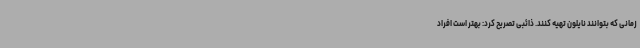
زمانی که بتوانند نایلون تهیه کنند. ذائبی تصریح کرد: بهتر است افراد